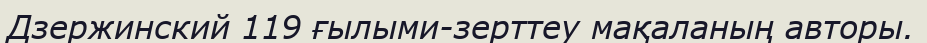
Дзержинский 119 ғылыми-зерттеу мақаланың авторы.